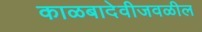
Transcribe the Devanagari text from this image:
काळबादेवीजवळील